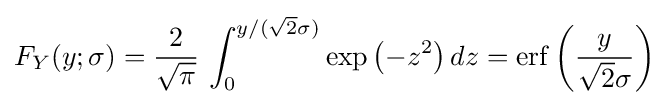
F_{Y}(y;\sigma )={\frac {2}{\sqrt {\pi }}}\,\int _{0}^{y/({\sqrt {2}}\sigma )}\exp \left(-z^{2}\right)dz=\operatorname {erf} \left({\frac {y}{{\sqrt {2}}\sigma }}\right)